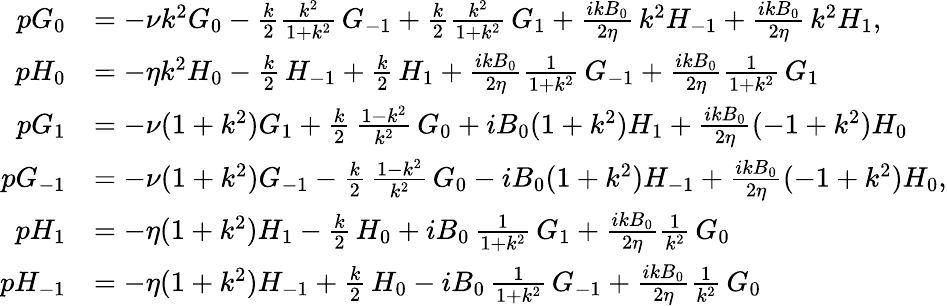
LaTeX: \begin{array}{rl}{pG_{0}}&{=-\nu k^{2}G_{0}-\frac{k}{2}\frac{k^{2}}{1+k^{2}}\, G_{-1}+\frac{k}{2}\frac{k^{2}}{1+k^{2}}\, G_{1}+\frac{ikB_{0}}{2\eta}\, k^{2}H_{-1}+\frac{ikB_{0}}{2\eta}\, k^{2}H_{1},}\\ {pH_{0}}&{=-\eta k^{2}H_{0}-\frac{k}{2}\, H_{-1}+\frac{k}{2}\, H_{1}+\frac{ikB_{0}}{2\eta}\frac{1}{1+k^{2}}\, G_{-1}+\frac{ikB_{0}}{2\eta}\frac{1}{1+k^{2}}\, G_{1}}\\ {pG_{1}}&{=-\nu(1+k^{2})G_{1}+\frac{k}{2}\, \frac{1-k^{2}}{k^{2}}\, G_{0}+iB_{0}(1+k^{2})H_{1}+\frac{ikB_{0}}{2\eta}(-1+k^{2})H_{0}}\\ {pG_{-1}}&{=-\nu(1+k^{2})G_{-1}-\frac{k}{2}\, \frac{1-k^{2}}{k^{2}}\, G_{0}-iB_{0}(1+k^{2})H_{-1}+\frac{ikB_{0}}{2\eta}(-1+k^{2})H_{0},}\\ {pH_{1}}&{=-\eta(1+k^{2})H_{1}-\frac{k}{2}\, H_{0}+iB_{0}\, \frac{1}{1+k^{2}}\, G_{1}+\frac{ikB_{0}}{2\eta}\frac{1}{k^{2}}\, G_{0}}\\ {pH_{-1}}&{=-\eta(1+k^{2})H_{-1}+\frac{k}{2}\, H_{0}-iB_{0}\, \frac{1}{1+k^{2}}\, G_{-1}+\frac{ikB_{0}}{2\eta}\frac{1}{k^{2}}\, G_{0}}\end{array}